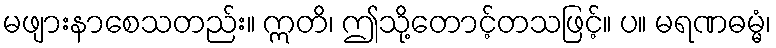
မဖျားနာစေသတည်း။ ဣတိ၊ ဤသို့တောင့်တသဖြင့်။ ပ။ မရဏဓမ္မံ၊